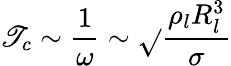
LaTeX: \mathscr{T}_{c}\sim\frac{{1}}{{\omega}}\sim\sqrt{}{{\frac{{\rho_{l}R_{l}^{3}}}{{\sigma}}}}